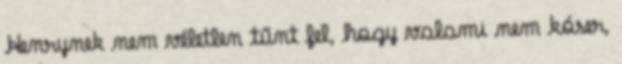
Henrynek nem véletlen tűnt fel, hogy valami nem kóser,